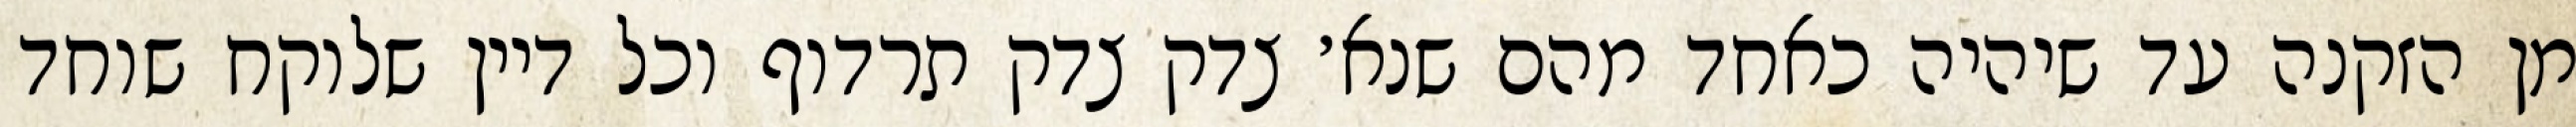
מן הזקנה עד שיהיה כאחד מהם שנא׳ צדק צדק תרדוף וכל דיין שלוקח שוחד